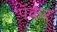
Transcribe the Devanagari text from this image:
पॅकर